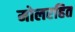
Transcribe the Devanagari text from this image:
मोलरहित